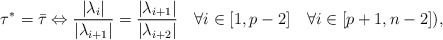
\begin{align*}\tau^*=\bar{\tau}\Leftrightarrow \dfrac{|\lambda_i|}{|\lambda_{i+1}|}=\dfrac{|\lambda_{i+1}|}{|\lambda_{i+2}|} \quad\forall i\in[1,p-2] \quad\forall i\in[p+1,n-2]),\end{align*}